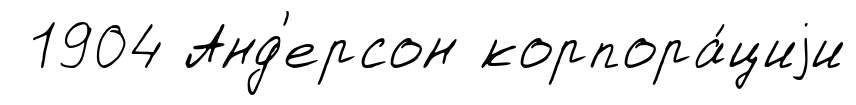
1904 Анд'ерсон корпора́циjи